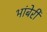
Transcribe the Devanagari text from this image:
भांबेरी